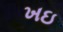
ખઇ